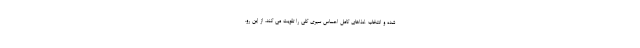
شده و انتخاب غذاهای کامل احساس سیری کلی را تقویت می کند، از این رو،